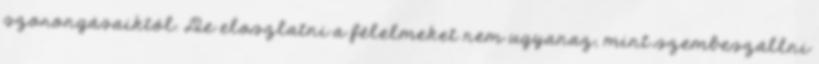
szorongásaiktól. De eloszlatni a félelmeket nem ugyanaz, mint szembeszállni